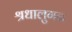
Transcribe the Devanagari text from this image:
श्रधालुगन